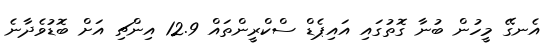
އެނގޭ މީހުން ބުނާ ގޮތުގައި އައިޕެޑް ސްކްރީންތައް 12.9 އިންޗި އަށް ބޮޑުވެދާނެ